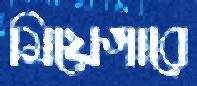
মিয়েগারে